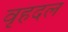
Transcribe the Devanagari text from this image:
वृहदल